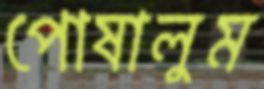
পোষালুম